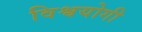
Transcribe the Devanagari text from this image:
विश्वयोगी